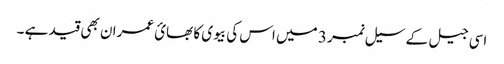
اسی جیل کے سیل نمبر 3 میں اس کی بیوی کا بھائ عمران بھی قید ہے ۔